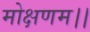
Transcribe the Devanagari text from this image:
मोक्षणम।।